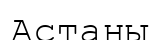
Астаны